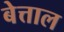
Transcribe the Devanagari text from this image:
बेत्ताल